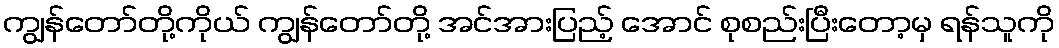
ကျွန်တော်တို့ကိုယ် ကျွန်တော်တို့ အင်အားပြည့် အောင် စုစည်းပြီးတော့မှ ရန်သူကို